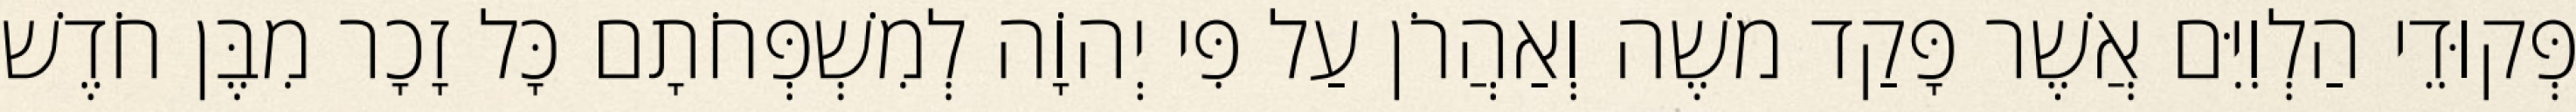
פְּקוּדֵי הַלְוִיִּם אֲשֶׁר פָּקַד משֶׁה וְאַהֲרֹן עַל פִּי יְהוָֹה לְמִשְׁפְּחֹתָם כָּל זָכָר מִבֶּן חֹדֶשׁ